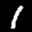
Label: 1